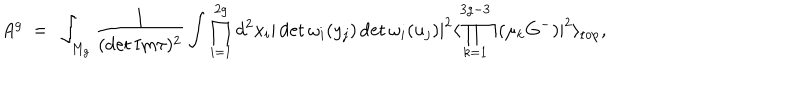
A ^ { g } ~ = ~ \int _ { M _ { g } } \frac { 1 } { ( \det \mathrm { I m } \tau ) ^ { 2 } } \int \prod _ { i = 1 } ^ { 2 g } d ^ { 2 } x _ { i } | \det { \omega _ { i } ( y _ { j } ) } \det { \omega _ { i } ( u _ { j } ) } | ^ { 2 } \langle \prod _ { k = 1 } ^ { 3 g - 3 } | ( \mu _ { k } G ^ { - } ) | ^ { 2 } \rangle _ { \mathrm { t o p } } ,